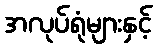
အလုပ်ရုံများနှင့်